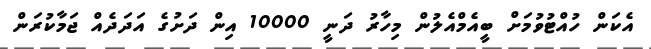
އެކަން ހުއްޓުވުމަށް ބީއެމްއެލުން މިހާރު ދަނީ 10000 އިން ދަށުގެ އަދަދެއް ޖަމާކުރަން